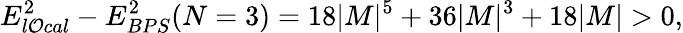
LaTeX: E_{l\mathcal{O}cal}^{2}-E_{BPS}^{2}(N=3)=18|M|^{5}+36|M|^{3}+18|M|>0,